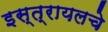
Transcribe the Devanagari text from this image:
इस्त्रायलचे